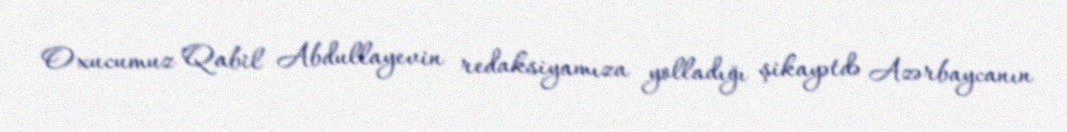
Oxucumuz Qabil Abdullayevin redaksiyamıza yolladığı şikayətdə Azərbaycanın